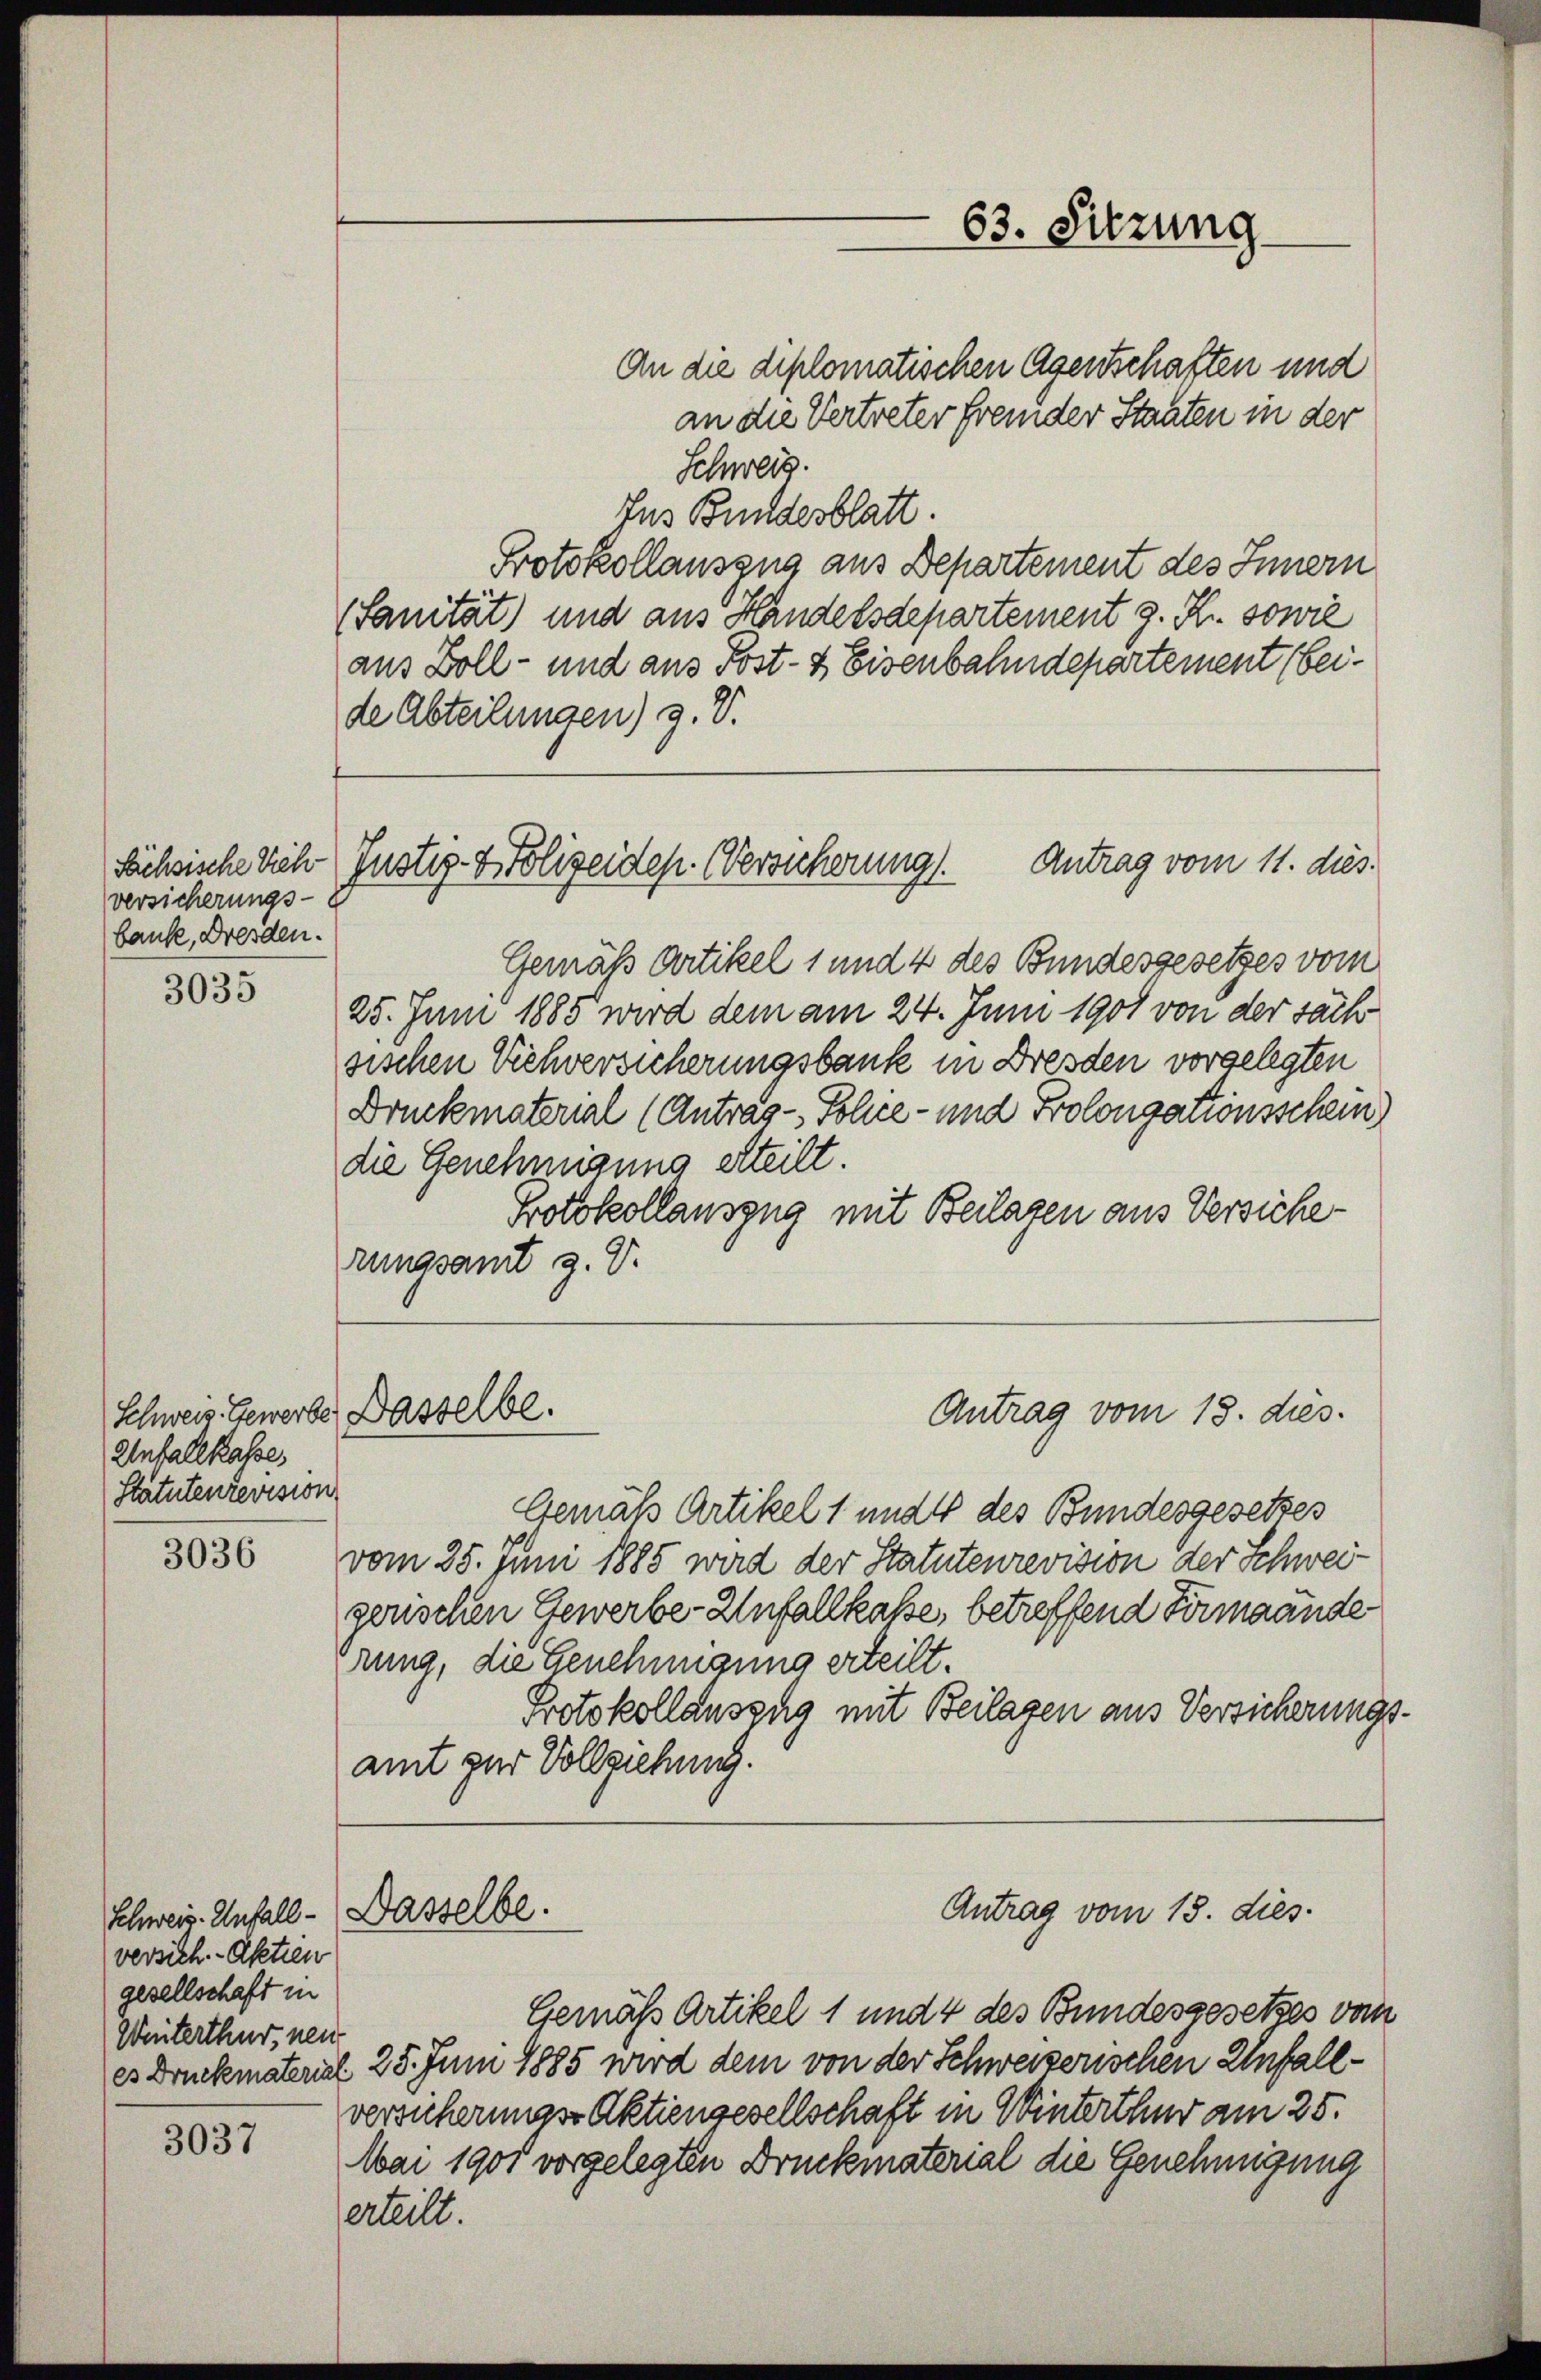
versicherungs-
baute, Dresden.

3035

Schweiz. Gewerbe. Dasselbe.
Unfallkasse,
Statutenrevision

3036

versich. - Asetzen
gesellschaft in
Winterthur, neu

3037

An die diplomatischen Agenschaften und
an die Vertreter fremder Staaten in der
Schweiz.
Ins Bundesblatt.
Protokollauszug aus Departement des Innern
(Sanität) und aus Handelsdepartement z. Kr. sowie
aus Zoll- und aus Post- & Eisenbahndepartement beide Abteilungen) z. V.

Gemäß Artikel 1 und 4 des Bundesgesetzes vom
25. Juni 1885 wird dem am 24. Juni 1901 von der sach
sischen Viehversicherungsbank in Dresden vorgelegten
Druckmaterial (Antrag - Polce- und Prolongationsschein
die Genehmigung erteilt.
Protokollauszug mit Beilagen aus Versicherungsamt z. V.

Antrag vom 11. dies.
Sächsische Sich (Justiz- & Polizeidep. (Versicherung.

Schweiz. Unfall - Dasselbe.

63. Sitzung

Gemäß Artikel 1 und 4 des Bundesgesetzes
vom 25. Juni 1885 wird der Statutenrevision der Schweigerischen Gewerbe Unfallkasse, betreffend Firmaände
rung, die Genehmigung erteilt.
Protokollauszug mit Beilagen aus Versicherungsamt zur Vollziehung.

Antrag vom 13. dies.

Antrag vom 13. dies

Gemäß Artikel 1 und 4 des Bundesgesetzes von
es Druckmaterial 28. Juni 1885 wird dem von der Schweizerischen Unfallversicherungs Aktiengesellschaft in Winterthur am 25.
Mai 1901 vorgelegten Druckmaterial die Genehmigung
erteilt.